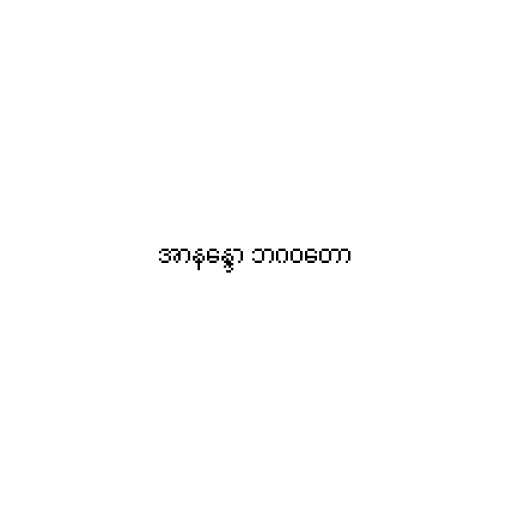
အာနန္ဒော ဘဂဝတော